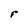
Character: r